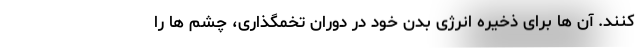
کنند. آن ها برای ذخیره انرژی بدن خود در دوران تخمگذاری، چشم ها را